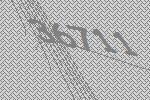
36711